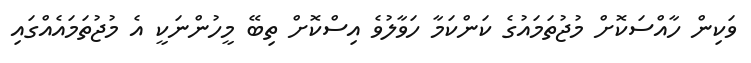
ވަކިން ހާއްސަކޮށް މުޖުތަމައުގެ ކަންކަމާ ހަވާލުވެ އިސްކޮށް ތިބޭ މީހުންނަކީ އެ މުޖުތަމައެއްގައި